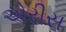
એરીસ